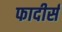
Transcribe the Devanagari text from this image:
फादीर्स